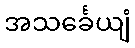
အသင်္ခေယျံ